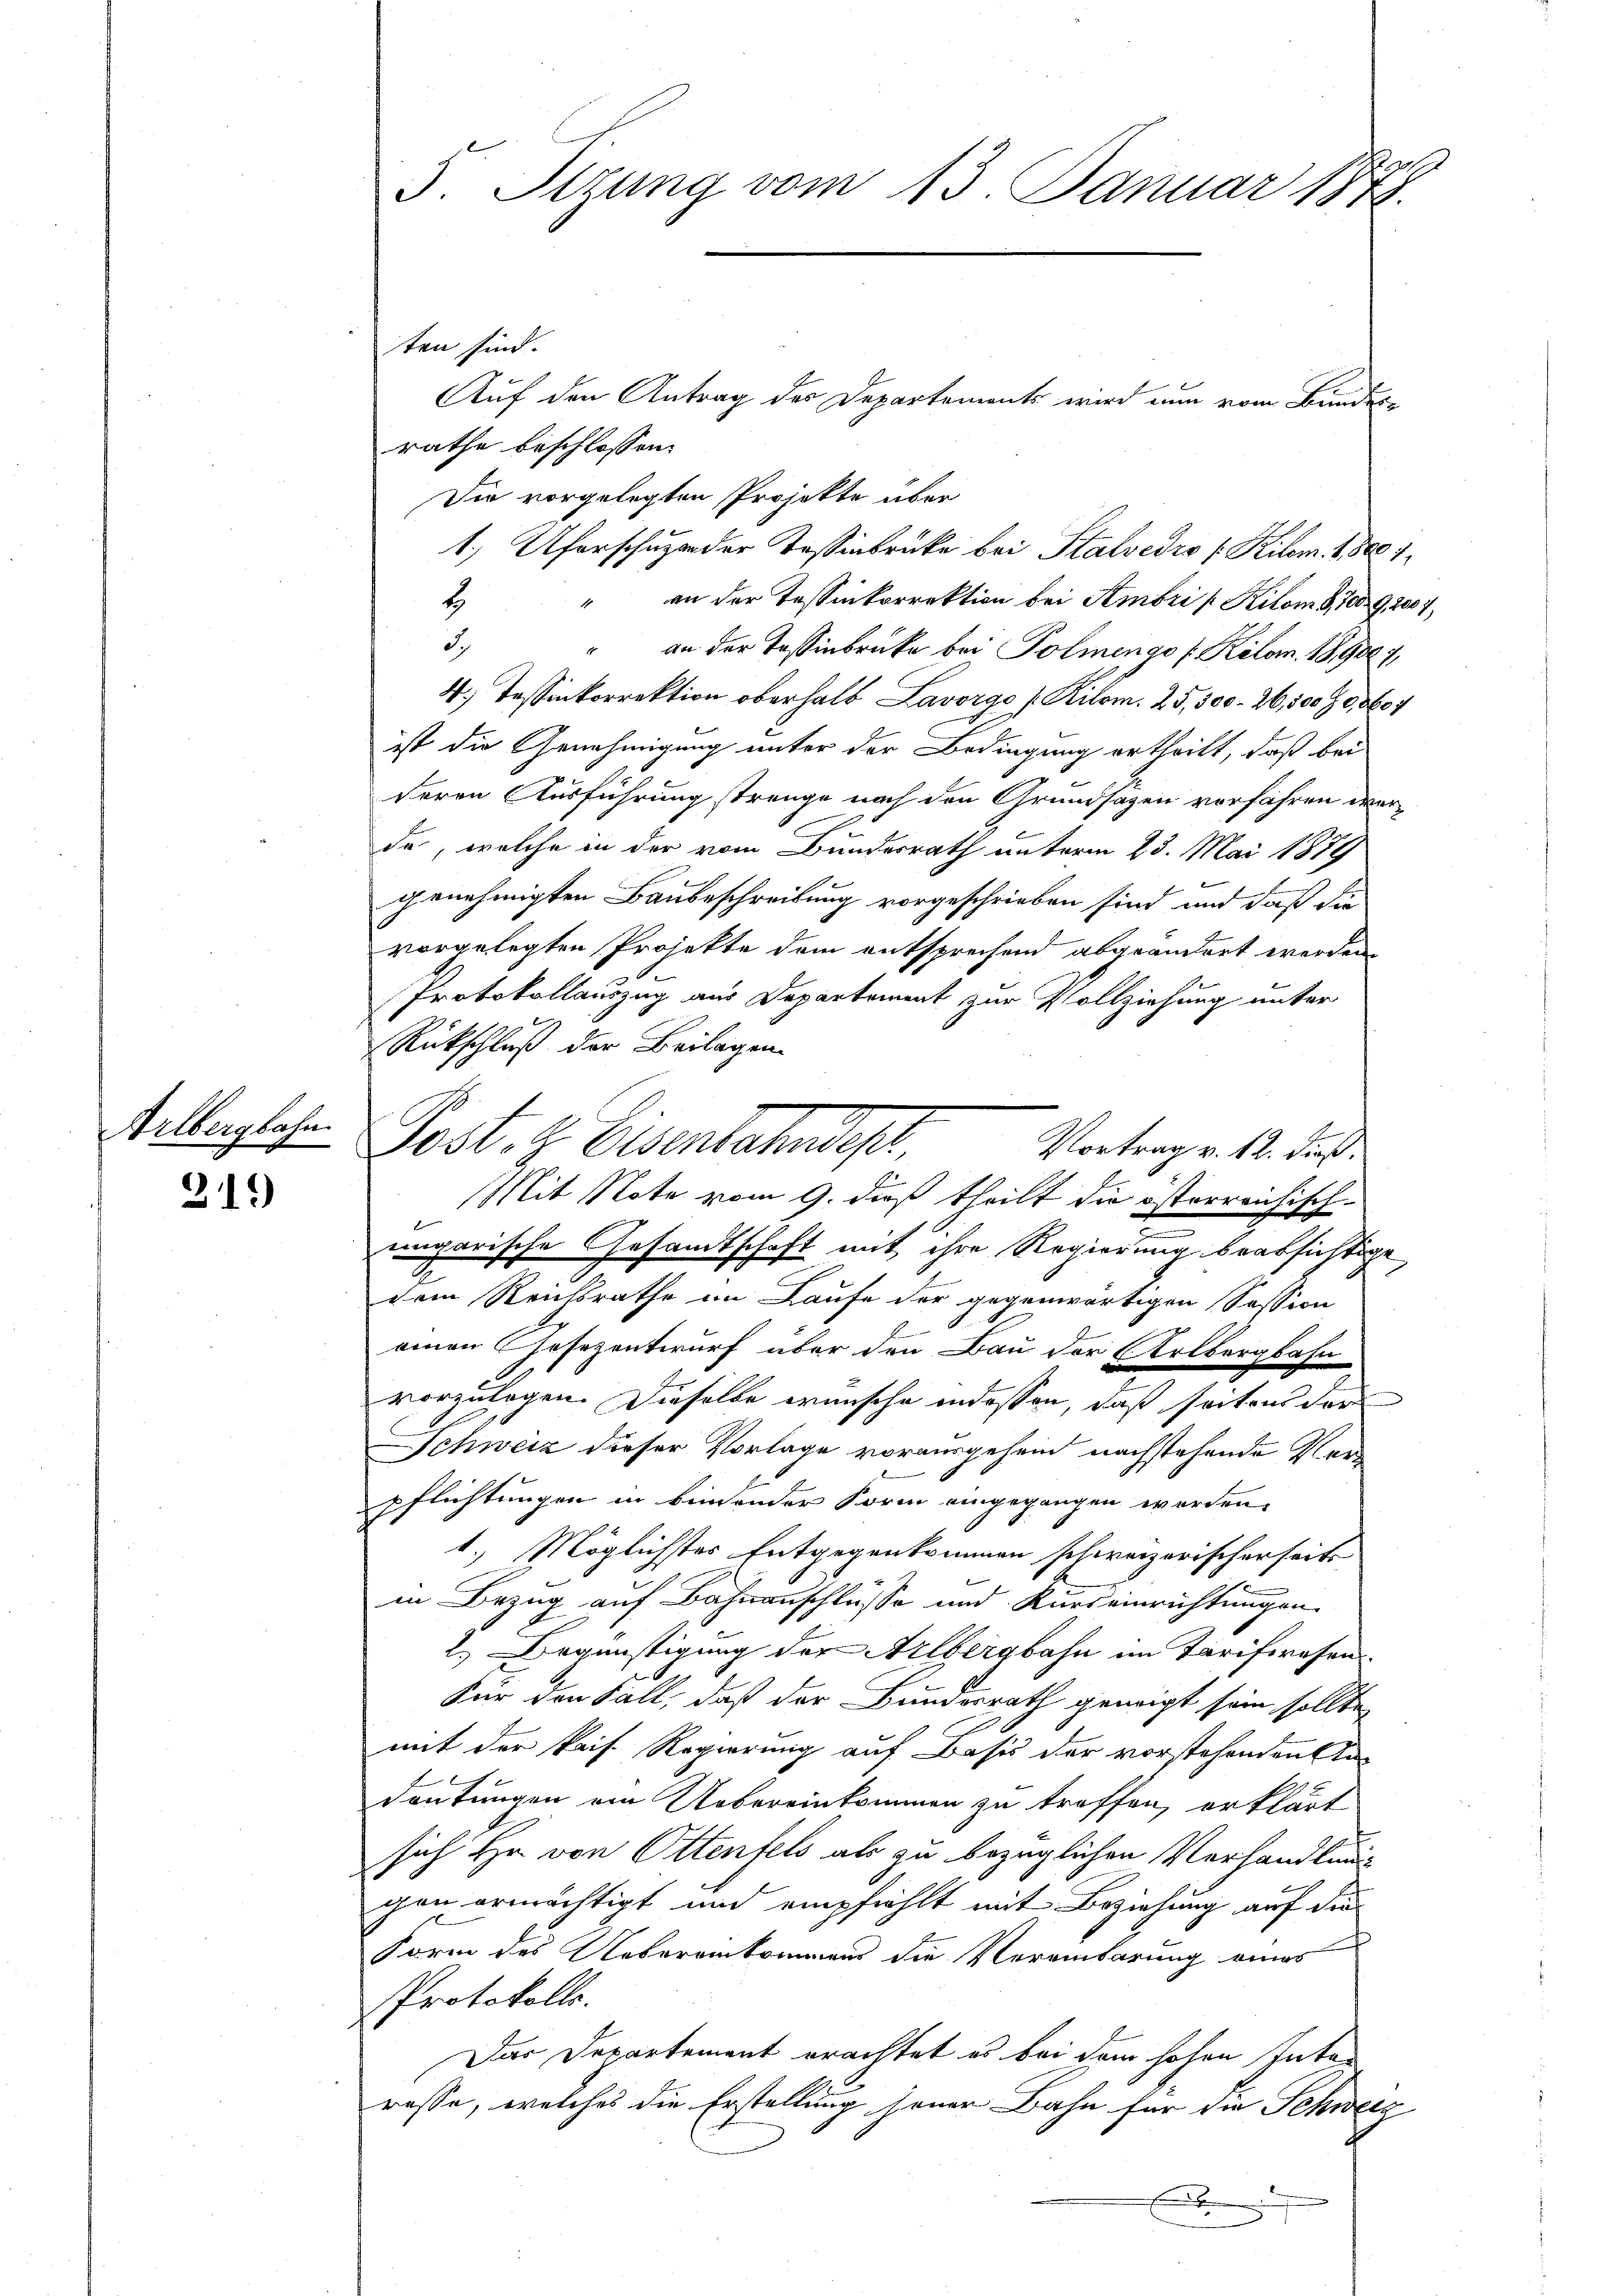
Arlbergbahn

21.)

5. Sitzung vom 13. Januar 1879.

ten sind.
rathe beschlossen:
Die vorgelegten Projekte über
an der Tessinkorrektion bei Sembri / Kilom. G,1009,2007
2.
3.)
an der Tassinbrücke bei Polmendo f Kilo. 189007
4.) Tessinkorrektion oberhalb Lavorgo (Kilom. 25,500-26,500 § 9, 1604
ist die Genehmigung unter der Bedingung ertheilt, daß bei
deren Ausführung strenge nach den Grundsazen vorfahren werda, welche in der vom Bundesrath unterm 23. Mai 1879
genehmigten Baubeschreibung vorgeschrieben sind, und daß die
vorgelegten Projekte dem entsprechend abgeändert werden,
Protokollauszug aus Departement zur Vollziehung unter
Rückschluß der Beilagen
Post. Z. Eisentatist,
Mit Note vom 9. dieß theilt die österreichisch
ungarische Gesandtschaft mit ihre Regierung beabsichtige
dem Reichsrathe im Laufe der gegenwärtigen Session
e
einen Gesezentwurf über den Bau der Erlbergbahn
vorzulagen. Dieselbe wünsche indessen, daß seitens der
Schweiz dieser Vorlage vorausgehein nachstehende Verpflichtungen in bindender Form eingegangen werden.
1. Möglichstes Entgegenkommen schweizerischerseits
in Bezug auf Bahnanschlüsse und Kurseinrichtungen.
2.) Begünstigung der Arlbergbahn im Tarifrasen
Für den Fall, daß der Bundesrath geneigt sein sollte
mit der kais. Regierung auf Basis der vorstehenden a
ch
Deutungen ein Uebereinkommen zu treffen, erklärt
sich Hr. von Ottenfels als zu bezüglichen Verhandlung
gen ermächtigt und empfiehlt mit Beziehung auf die
Form des Uebereinkommens die Vereinbarung eines
PProtokolls.
Das Departement erachtet es bei dem hohen Inter
rasse, welches die Erstellung jener Bahn für die Schweiz
m
E

1.) Uferschuzer der Tessinbrücke bei Stalvedro (Kilem. 1,800. 1.

Vortrag v. 12. dieß.

Auf den Antrag des Departements wird nun vom Bundes¬